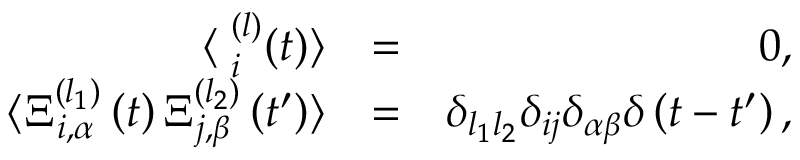
\begin{array} { r l r } { \langle { \bf \Xi } _ { i } ^ { ( l ) } ( t ) \rangle } & { = } & { 0 , } \\ { \langle { \Xi } _ { i , \alpha } ^ { ( l _ { 1 } ) } \left( t \right) { \Xi } _ { j , \beta } ^ { ( l _ { 2 } ) } \left( t ^ { \prime } \right) \rangle } & { = } & { \delta _ { l _ { 1 } l _ { 2 } } \delta _ { i j } \delta _ { \alpha \beta } \delta \left( t - t ^ { \prime } \right) , } \end{array}